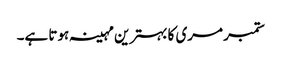
ستمبر مری کا بہترین مہینہ ہوتا ہے۔